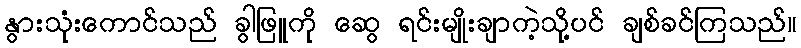
နွားသုံးကောင်သည် ခွါဖြူကို ဆွေ ရင်းမျိုးချာကဲ့သို့ပင် ချစ်ခင်ကြသည်။